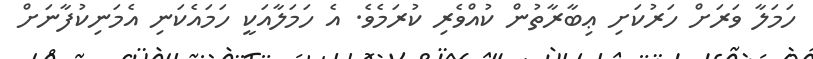
ހަމަލާ ވަރަށް ހަރުކަށި ޢިބާރާތުން ކުއްވެރި ކުރަމެވެ. އެ ހަމަލާއަކީ ހަމައެކަނި އެމަނިކުފާނަށް